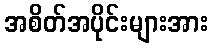
အစိတ်အပိုင်းများအား